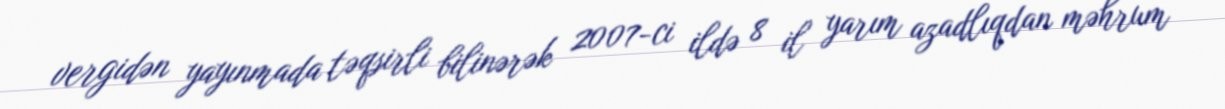
vergidən yayınmada təqsirli bilinərək 2007-ci ildə 8 il yarım azadlıqdan məhrum